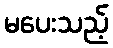
မပေးသည့်